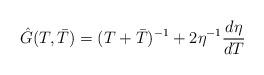
LaTeX: \begin{align*}\hat{G}(T,\bar{T})=(T+\bar{T})^{-1}+2\eta ^{-1} \frac{d\eta}{dT}\end{align*}